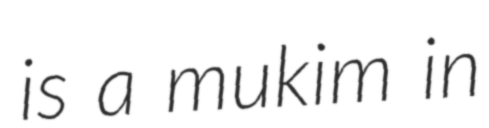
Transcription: is a mukim in